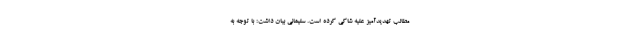
مطالب تهدیدآمیز علیه شاکی کرده است. سلیمانی بیان داشت: با توجه به